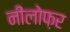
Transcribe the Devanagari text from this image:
नीलोफ़र